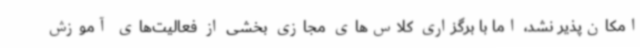
امکان‌پذیر نشد، اما با برگزاری کلاس‌های مجازی بخشی از فعالیت‌های آموزش